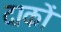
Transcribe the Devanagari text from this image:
दाकों